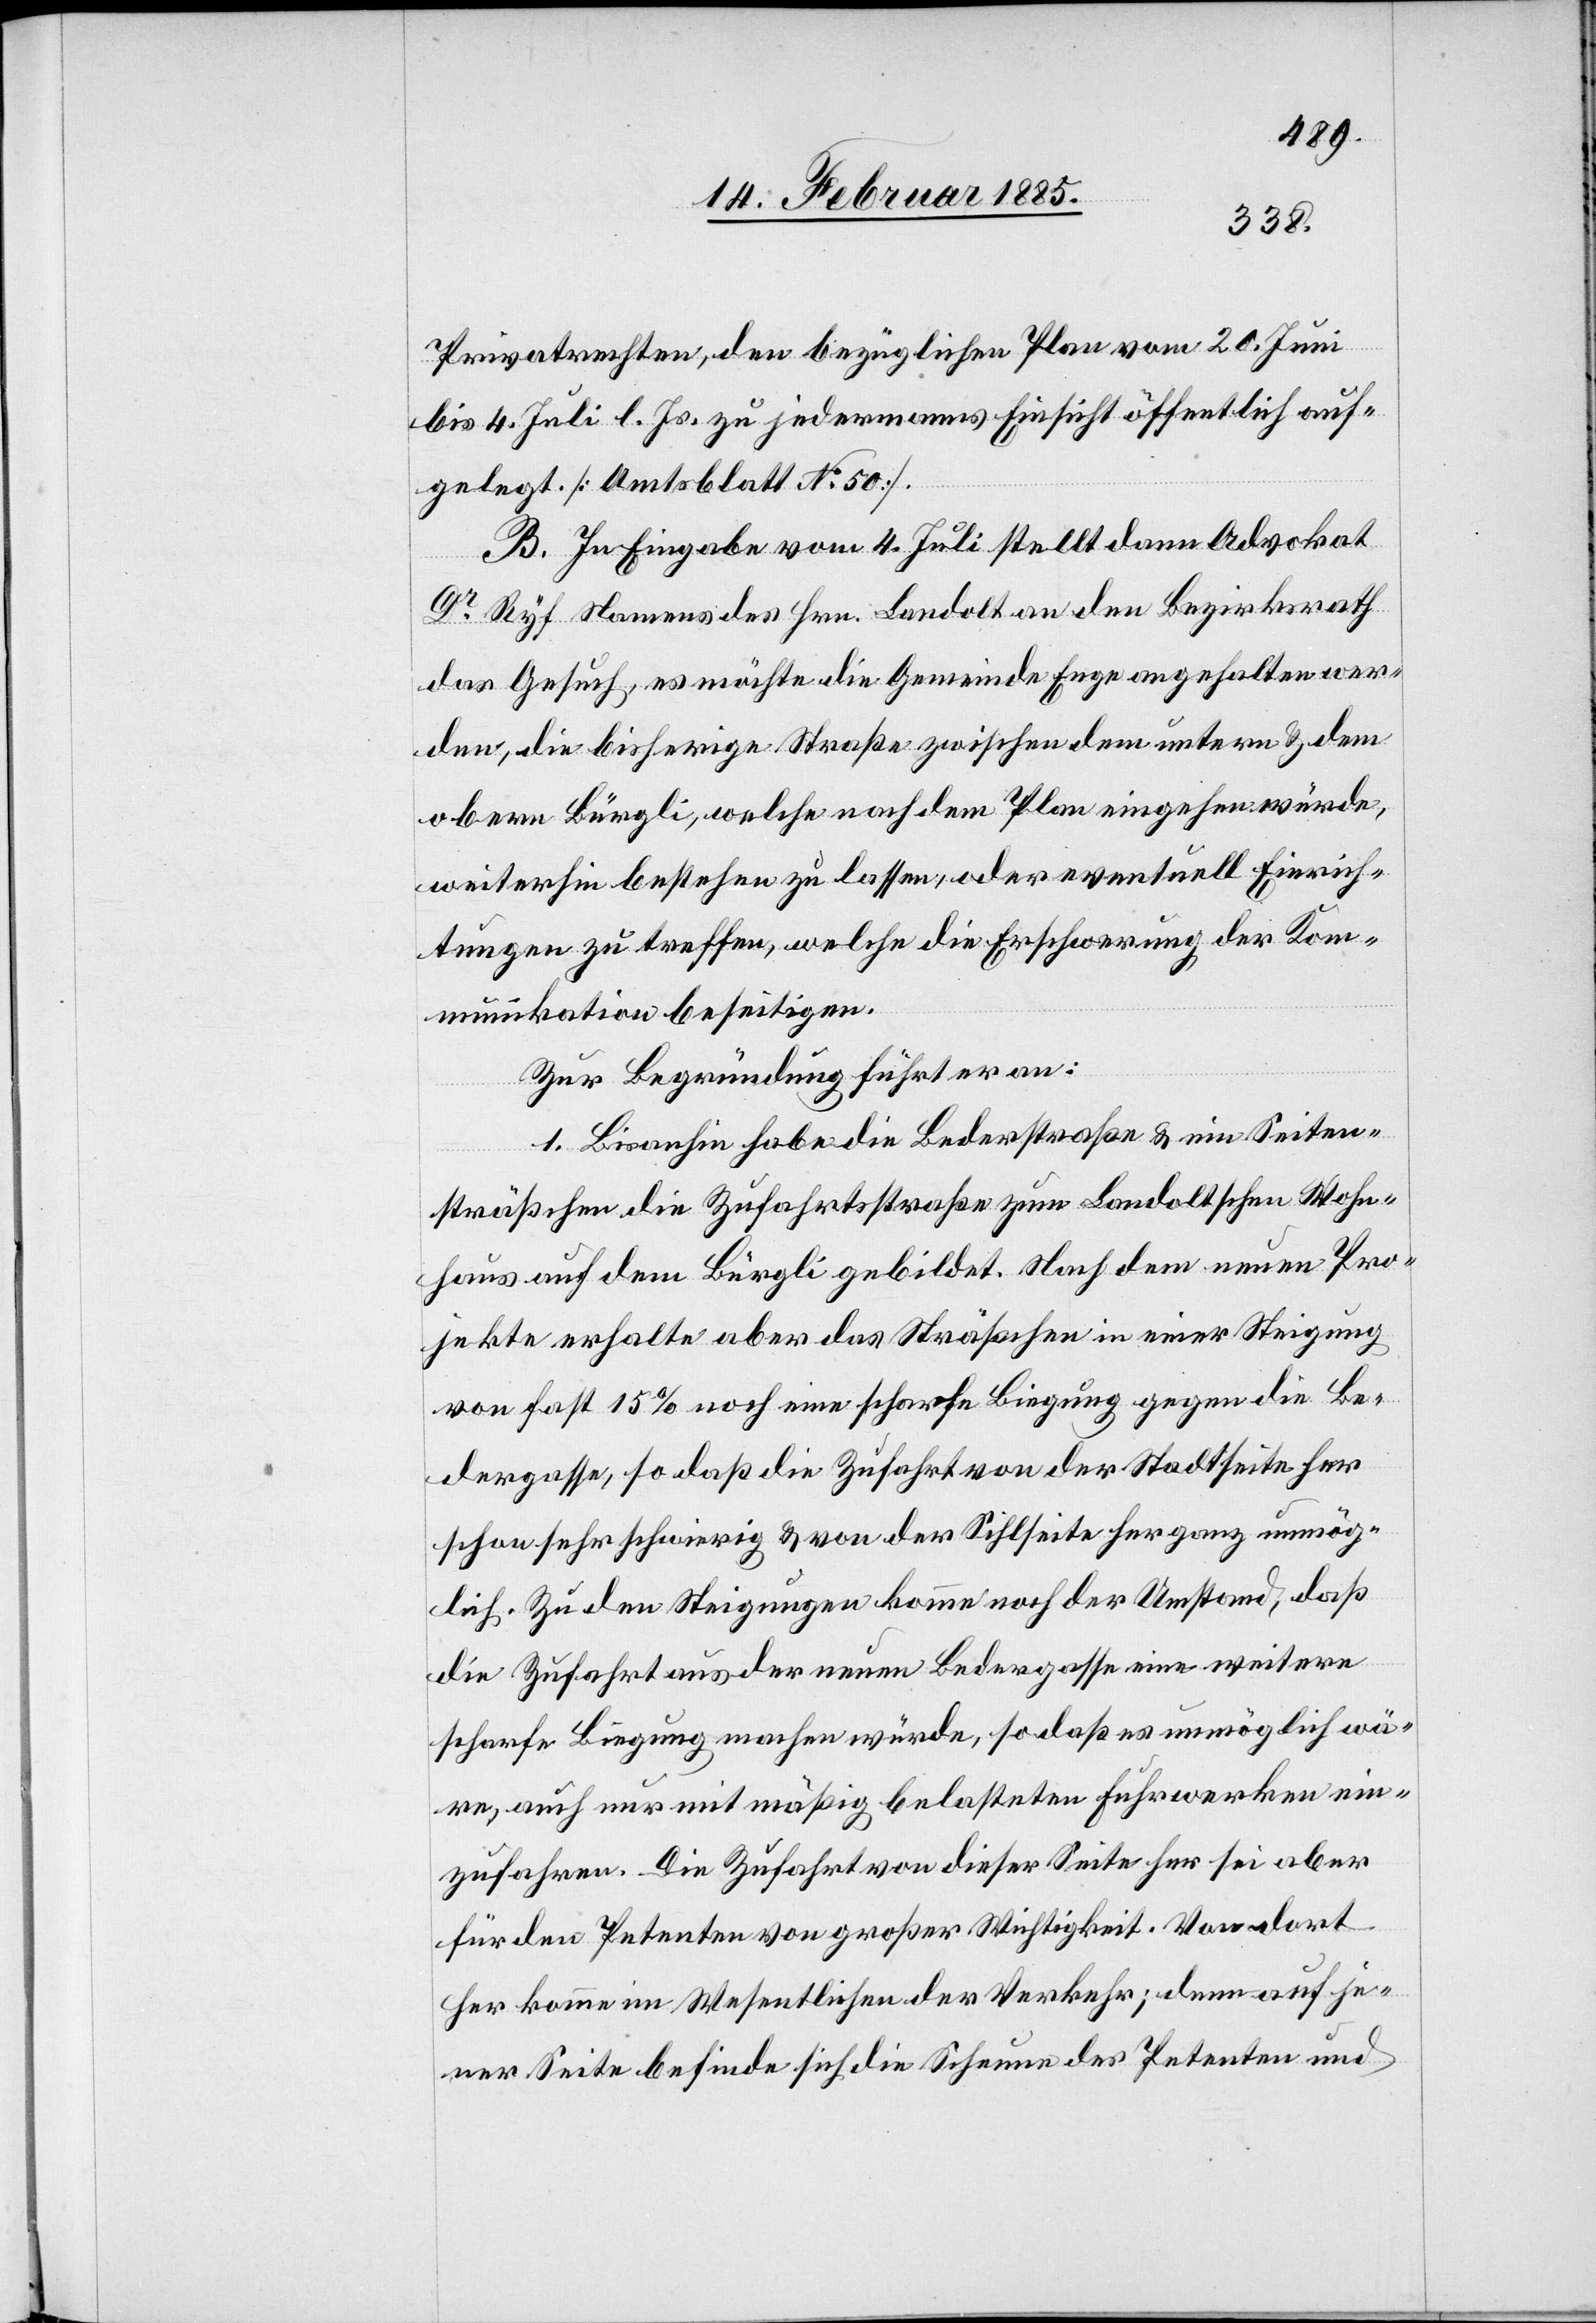
Privatrechten, den bezüglichen Plan vom 20. Juni
bis 4. Juli l. Js. zu jedermanns Einsicht öffentlich auf¬
gelegt. [Amtsblatt No 50].
B. In Eingabe vom 4. Juli stellt dann Advokat
Dr Ryf Namens des Hrn. Landolt an den Bezirksrath
das Gesuch, es möchte die Gemeinde Enge angehalten wer¬
den, die bisherige Straße zwischen dem untern & dem
obern Bürgli, welche nach dem Plan eingehen würde,
weiterhin bestehen zu lassen, oder eventuell Einrich¬
tungen zu treffen, welche die Erschwerung der Kom¬
munikation beseitigen.
Zur Begründung führt er an:
1. Bisanhin habe die Bederstraße & ein Seiten¬
sträßchen die Zufahrtsstraße zum Landoltschen Wohn¬
haus auf dem Bürgli gebildet. Nach dem neuen Pro¬
jekte erhalte aber das Sträßchen in einer Steigung
von fast 15% noch eine scharfe Biegung gegen die Be¬
dergasse, so daß die Zufahrt von der Stadtseite her
schon sehr schwierig & von der Sihlseite her ganz unmög¬
de]. Zu den Steigungen komme noch der Umstand, daß
die Zufahrt aus der neuen Bedergasse eine weitere
scharfe Biegung machen würde, sodaß es unmöglich wä¬
re, auch nur mit mäßig belasteten Fuhrwerken ein¬
zufahren. Die Zufahrt von dieser Seite her sei aber
[wer¬
für den Petenten von großer Wichtigkeit. Von dort
her komme im Wesentlichen der Verkehr; denn auf je¬
ner Seite befinde sich die Scheune des Petenten und